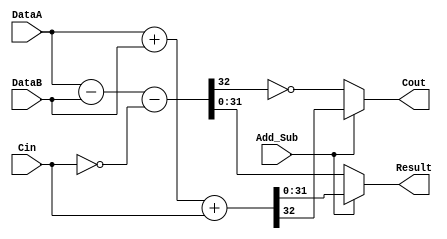
module lm32_addsub (
    DataA,
    DataB,
    Cin,
    Add_Sub,
    Result,
    Cout
    );
input [31:0] DataA;
input [31:0] DataB;
input Cin;
input Add_Sub;
output [31:0] Result;
wire   [31:0] Result;
output Cout;
wire   Cout;
wire [32:0] tmp_addResult = DataA + DataB + Cin;
wire [32:0] tmp_subResult = DataA - DataB - !Cin;
assign  Result = (Add_Sub == 1) ? tmp_addResult[31:0] : tmp_subResult[31:0];
assign  Cout = (Add_Sub == 1) ? tmp_addResult[32] : !tmp_subResult[32];
endmodule